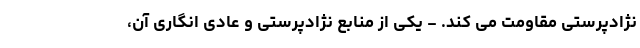
نژادپرستی مقاومت می کند. - یکی از منابع نژادپرستی و عادی انگاری آن،